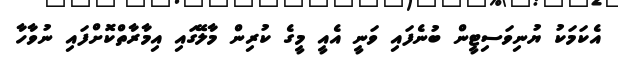
އެކަމަކު ޔުނިވަސިޓީން ބުނެފައި ވަނީ އެއީ މީގެ ކުރިން މާލޭގައި އިމާރާތްކޮށްފައި ނުވާހާ